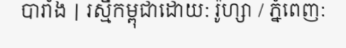
បារាំង | រស្មីកម្ពុជាដោយ: រ៉ូហ្សា / ភ្នំពេញ: